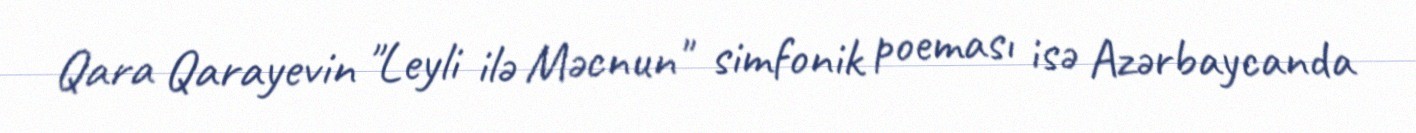
Qara Qarayevin "Leyli ilə Məcnun" simfonik poeması isə Azərbaycanda